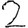
Digit: 2